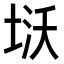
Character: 𭎨